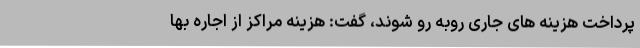
پرداخت هزینه های جاری روبه رو شوند، گفت: هزینه مراکز از اجاره بها